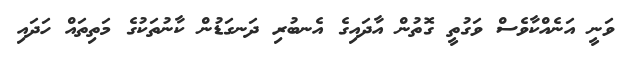
ވަނީ އަނެއްކާވެސް ވަގުތީ ގޮތުން އާދައިގެ އެނބުރި ދަނގަޑުން ކާނުތަކުގެ މަތިތައް ހަދައި